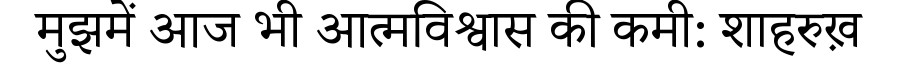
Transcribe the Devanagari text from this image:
मुझमें आज भी आत्मविश्वास की कमी: शाहरुख़